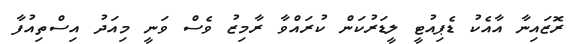
ރޮޒައިނާ އާއެކު ޑެޕިއުޓީ ލީޑަރުކަން ކުރައްވާ ރާމިޒު ވެސް ވަނީ މިއަދު އިސްތިއުފާ